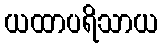
ယထာပရိသာယ